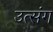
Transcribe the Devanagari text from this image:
उत्संग